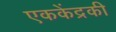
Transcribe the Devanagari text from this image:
एककेंद्रकी